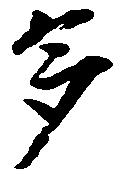
多